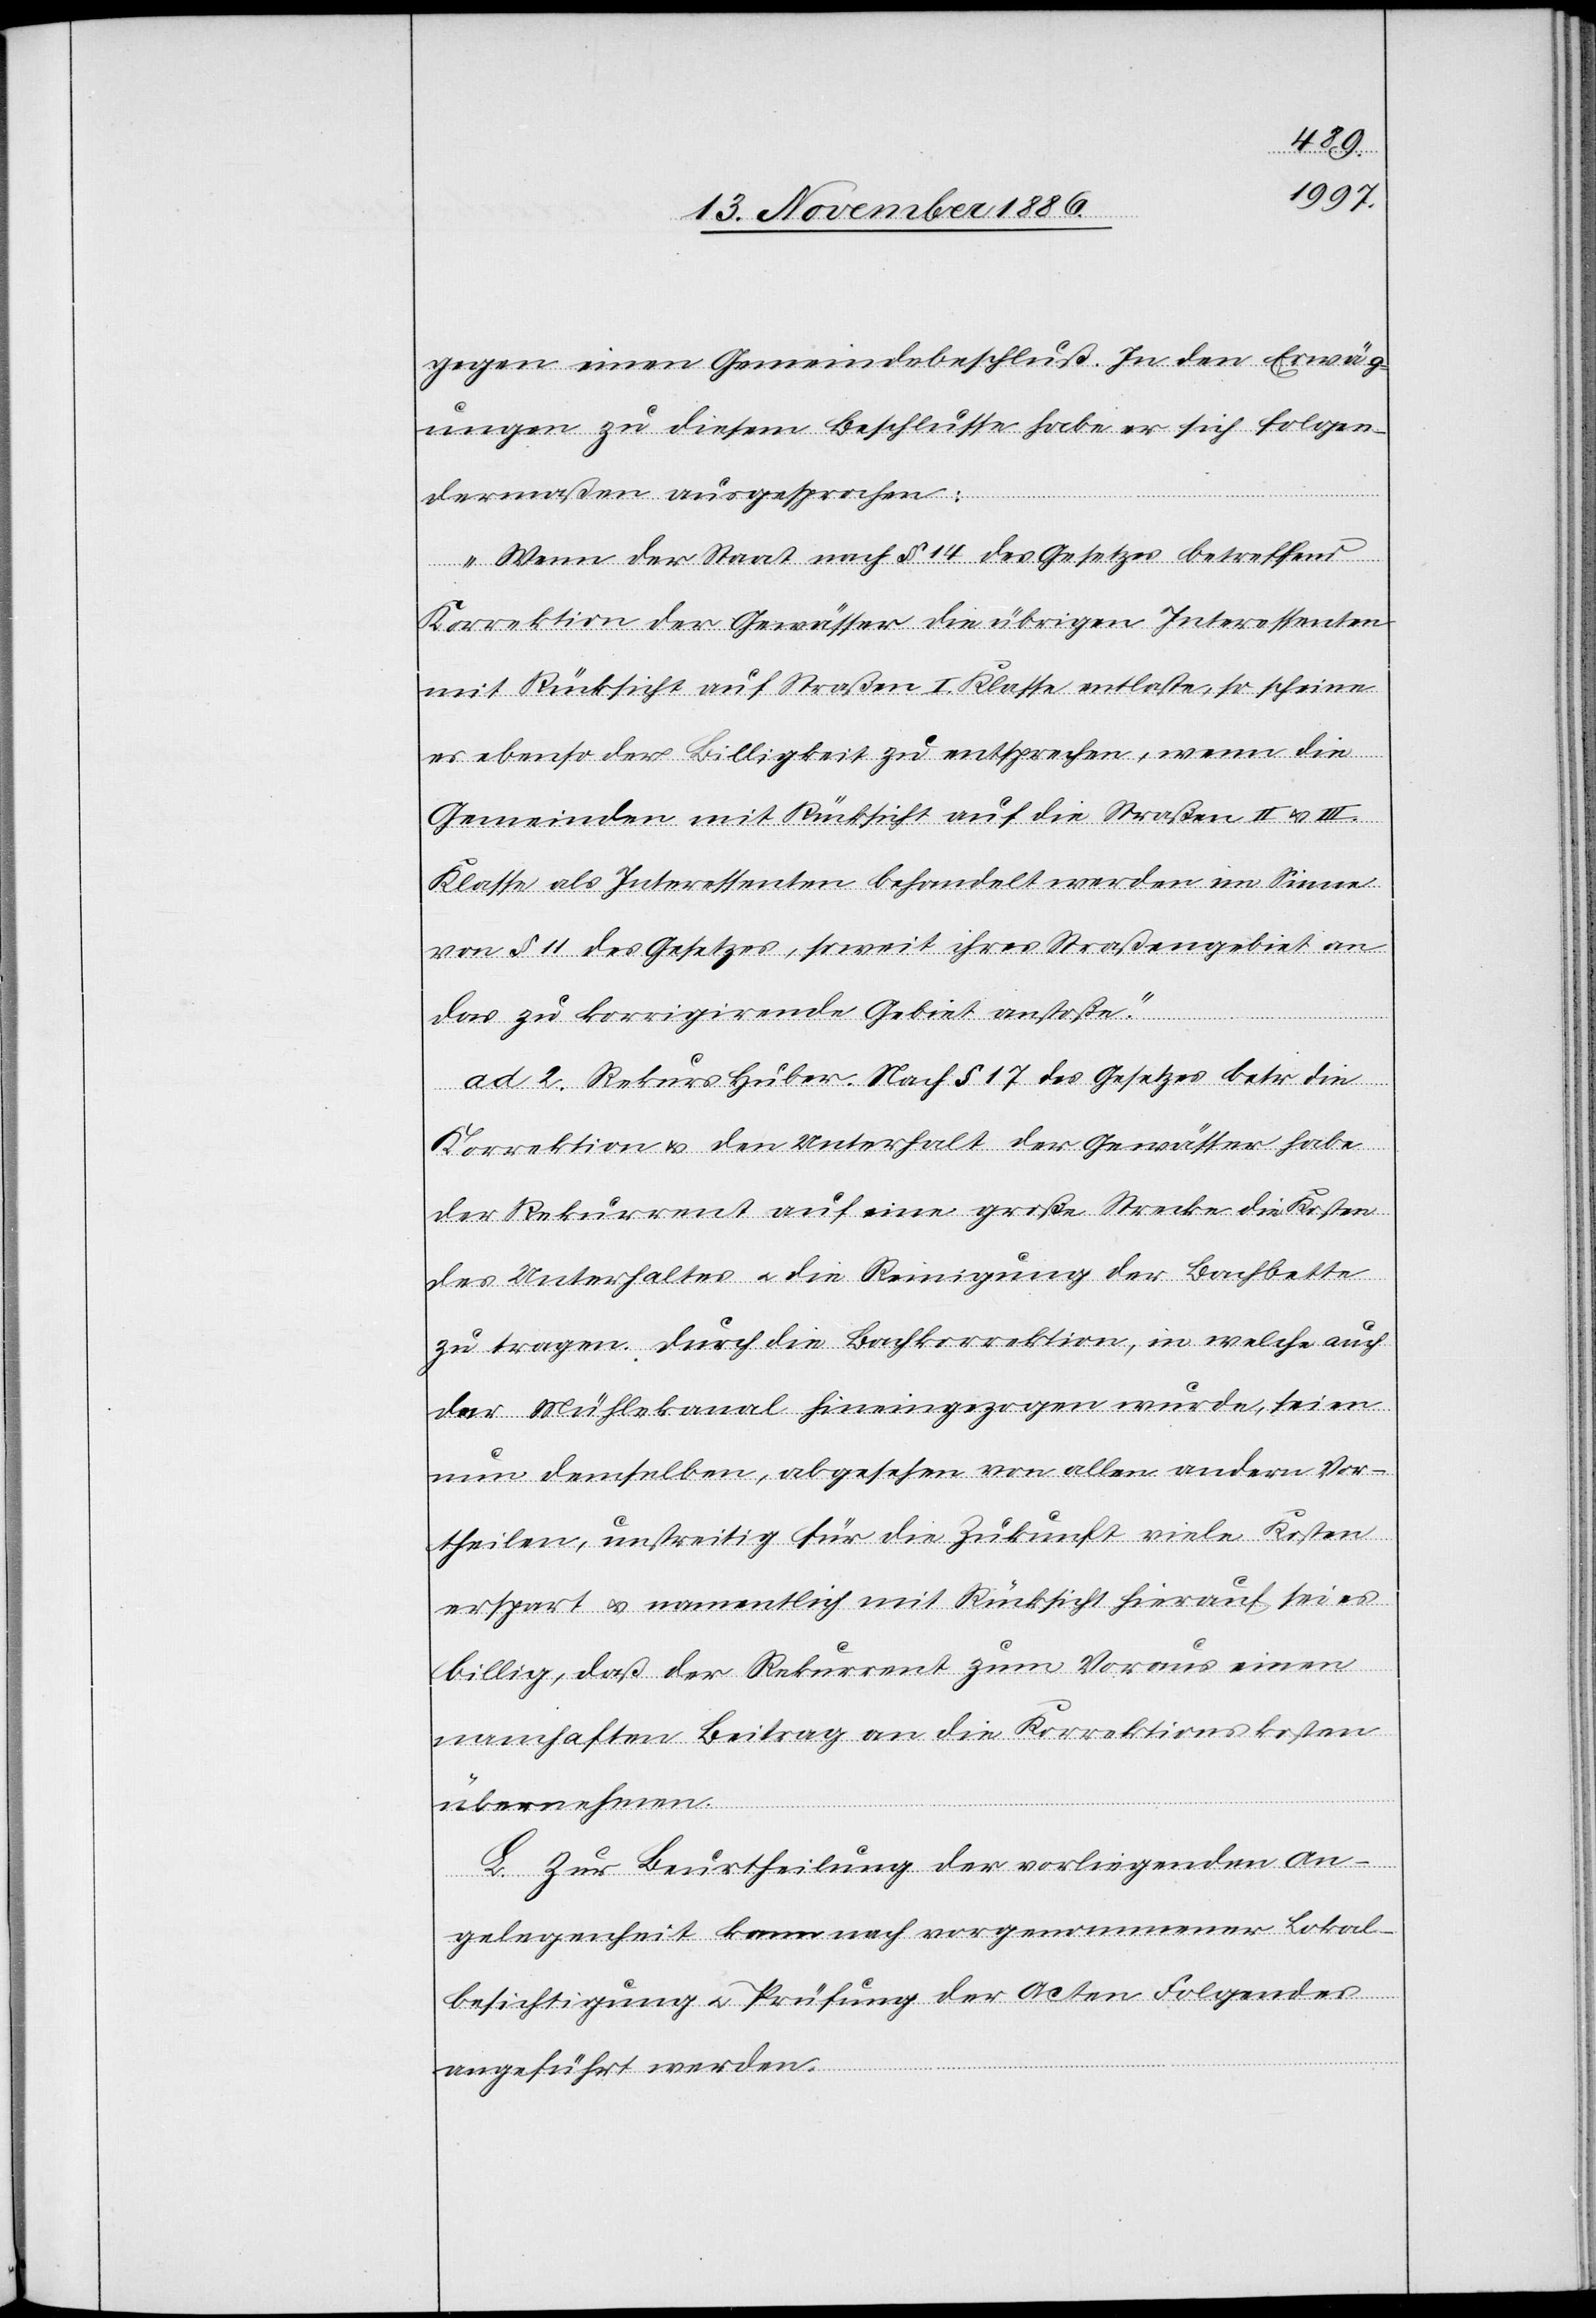
gegen einen Gemeindebeschluß. In den Erwäg¬
ungen zu diesem Beschlusse habe er sich folgen¬
dermaßen ausgesprochen:
„Wenn der Staat nach § 14 des Gesetzes betreffend
Korrektion der Gewässer die übrigen Interessenten
mit Rücksicht auf Straßen I. Klasse entlaste, so scheine
es ebenso der Billigkeit zu entsprechen, wenn die
Gemeinden mit Rücksicht auf die Straßen II & III.
Klasse als Interessenten behandelt werden im Sinne
von § 11 des Gesetzes, soweit ihres Straßengebiet an
das zu korrigirende Gebiet anstoße.“
ad 2. Rekurs Huber. Nach § 17 des Gesetzes betr. die
Korrektion & den Unterhalt der Gewässer habe
der Rekurrent auf eine große Strecke die Kosten
des Unterhaltes & die Reinigung der Bachbette
zu tragen. Durch die Bachkorrektion, in welche auch
der Mühlekanal hineingezogen wurde, seien
nun demselben, abgesehen von allen andern Vor¬
theilen, unstreitig für die Zukunft viele Kosten
erspart & namentlich mit Rücksicht hierauf sei es
billig, daß der Rekurrent zum Voraus einen
namhaften Beitrag an die Korrektionskosten
übernehmen
L. Zur Beurtheilung der vorliegenden An¬
gelegenheit kann nach vorgenommener Lokal¬
besichtigung & Prüfung der Acten Folgendes
angeführt werden.